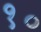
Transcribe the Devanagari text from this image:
१॰